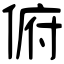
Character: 俯